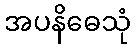
အပနိဓေသုံ